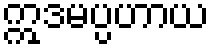
ဣဒမပ္ပဟာယ